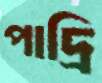
পাদ্রি